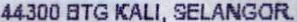
44300 BTG KALI, SELANGOR.